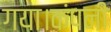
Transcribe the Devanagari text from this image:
गया।कंपनी